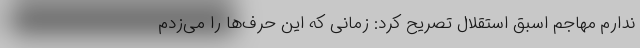
ندارم مهاجم اسبق استقلال تصریح کرد: زمانی که این حرف‌ها را می‌زدم